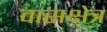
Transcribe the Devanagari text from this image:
वासक्षेत्र